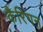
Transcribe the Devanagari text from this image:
कैरिगन